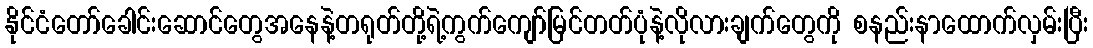
နိုင်ငံတော်ခေါင်းဆောင်တွေအနေနဲ့တရုတ်တို့ရဲ့ကွက်ကျော်မြင်တတ်ပုံနဲ့လိုလားချက်တွေကို စနည်းနာထောက်လှမ်းပြီး